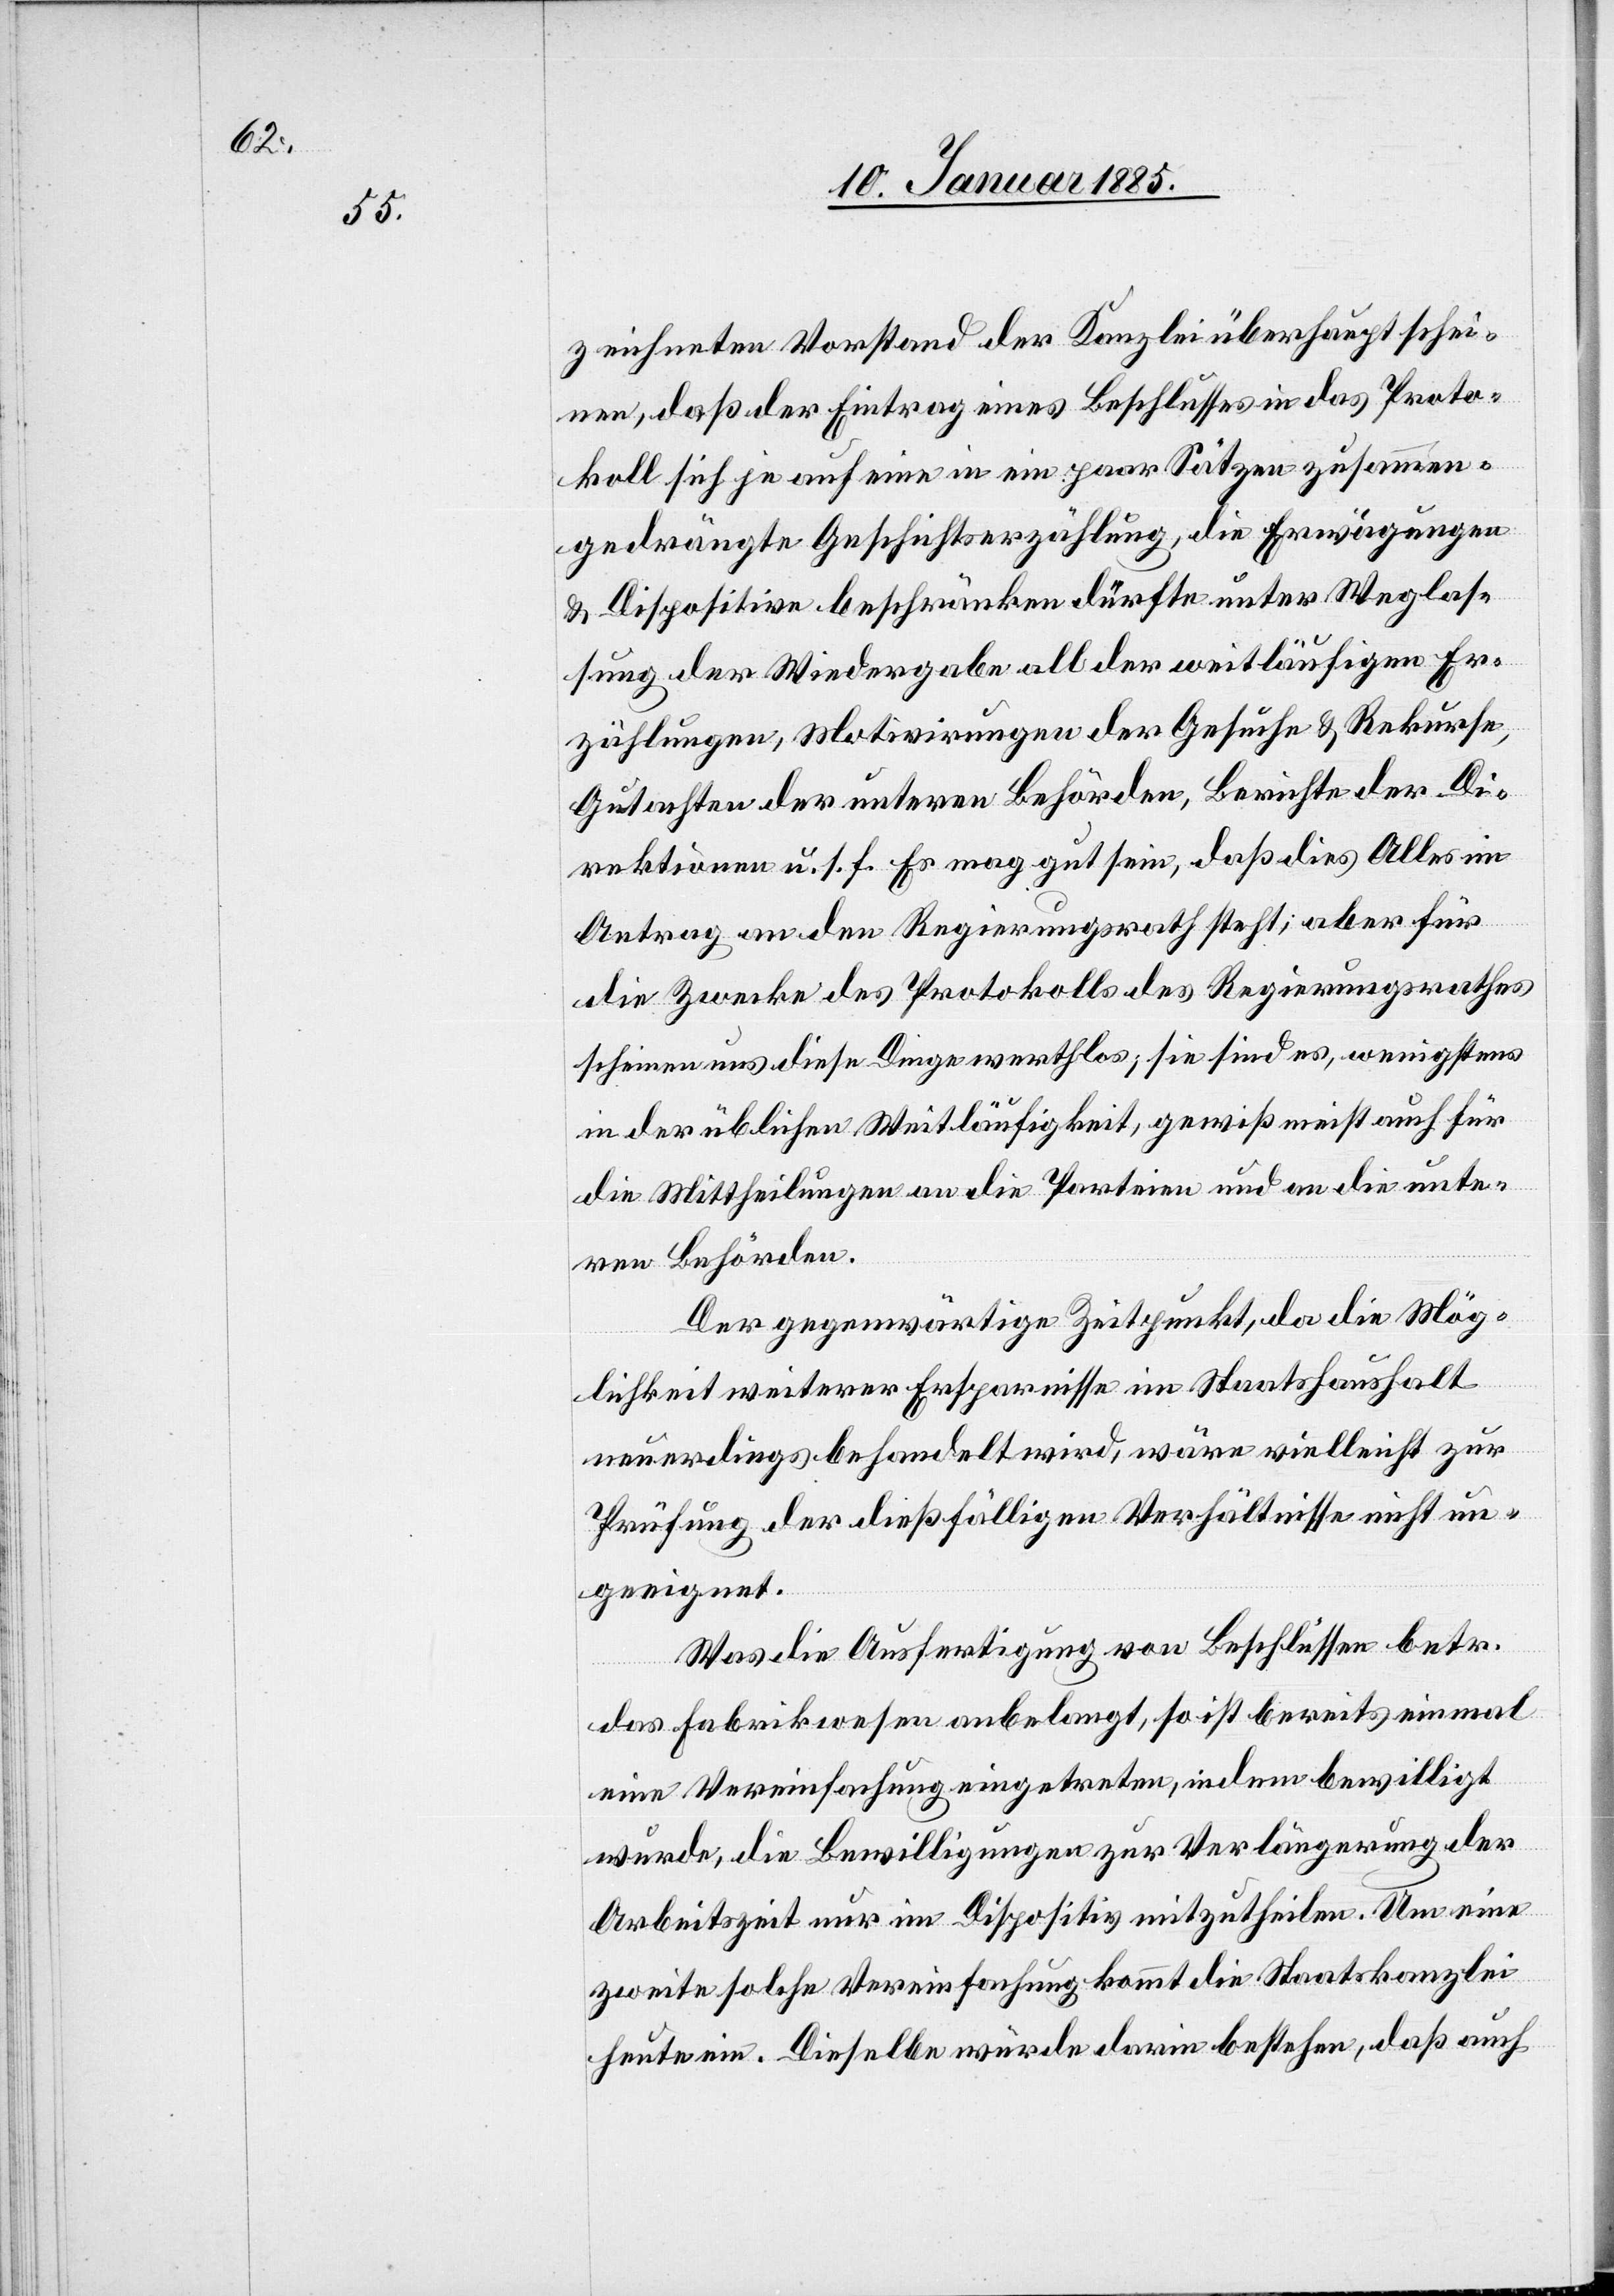
mmen¬

zeichneten Vorstand der Kanzlei überhaupt schei¬
nen, daß der Eintrag eines Beschlusses in das Proto¬
koll sich je auf eines Beschlusses in das Protokoll sich je
gedrängte Geschichtserzählung, die Erwägungen
& Dispositive beschränken dürfte unter Weglas¬
sung der Wiedergabe all der weitläufigen Er¬
zählungen, Motivirungen der Gesuche & Rekurse,
Gutachten der unteren Behörden, Berichte der Di¬
rektionen u. s. f. Es mag gut sein, daß dies Alles im
Antrag an den Regierungsrath steht; aber für
die Zwecke des Protokolls des Regierungsrathes
scheinen uns diese Dinge werthlos; sie sind es, wenigstens
in der üblichen Weitläufigkeit, gewiß nicht auch für
die Mittheilungen an die Parteien und an die unte¬
ren Behörden.
Der gegenwärtige Zeitpunkt, da die Mög¬
lichkeit weiterer Ersparnisse im Staatshaushalt
neuerdings behandelt wird, wäre vielleicht zur
Prüfung der dießfälligen Verhältnisse nicht un¬
geeignet.
Was die Ausfertigung von Beschlüssen betr.
ein
das Fabrikwesen anbelangt, so ist bereits einmal
eine Vereinfachung eingetreten, indem bewilligt
wurde, die Bewilligungen zur Verlängerung der
Arbeitszeit nur im Dispositiv mitzutheilen. Um eine
zweite solche Vereinfachung kommt die Staatskanzlei
heute ein. Dieselbe würde darin bestehen, daß auch